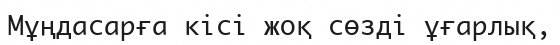
Мұңдасарға кісі жоқ сөзді ұғарлық,